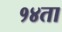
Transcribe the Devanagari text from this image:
१४ता